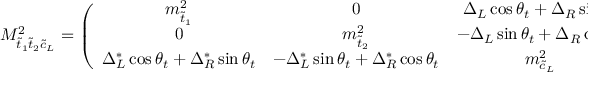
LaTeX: { \cal M } _ { \tilde { t } _ { 1 } \tilde { t } _ { 2 } \tilde { c } _ { L } } ^ { 2 } = \left( \begin{array} { c c c } { { m _ { \tilde { t } _ { 1 } } ^ { 2 } } } & { { 0 } } & { { \Delta _ { L } \cos \theta _ { t } + \Delta _ { R } \sin \theta _ { t } } } \\ { { 0 } } & { { m _ { \tilde { t } _ { 2 } } ^ { 2 } } } & { { - \Delta _ { L } \sin \theta _ { t } + \Delta _ { R } \cos \theta _ { t } } } \\ { { \Delta _ { L } ^ { \ast } \cos \theta _ { t } + \Delta _ { R } ^ { \ast } \sin \theta _ { t } } } & { { - \Delta _ { L } ^ { \ast } \sin \theta _ { t } + \Delta _ { R } ^ { \ast } \cos \theta _ { t } } } & { { m _ { \tilde { c } _ { L } } ^ { 2 } } } \end{array} \right)